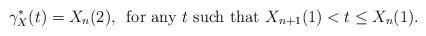
LaTeX: \begin{align*}\gamma_{X}^{\ast}(t) = X_{n}(2) , \, \mbox{ for any $t$ such that $X_{n+1}(1) < t \leq X_{n}(1)$.}\end{align*}